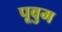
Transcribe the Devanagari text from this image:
पूवुम